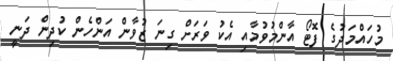
މުހައްމަދުގެ ފޮޓޯ އާންމުވުމާއި އެކު ވަރަށް ގިނަ ޒުވާން އަންހެން ކުދިން ދަނީ